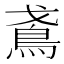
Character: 𬷁